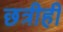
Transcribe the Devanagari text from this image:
छत्रीही